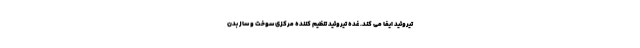
تیروئید ایفا می کند. غده تیروئید تنظیم کننده مرکزی سوخت و ساز بدن